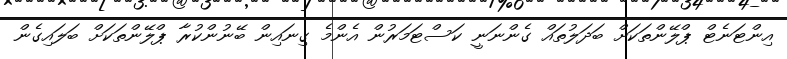
އިންޓަނެޓް ޕްލޭންތަކަށް ބަދަލުތައް ގެންނަނީ ކަސްޓަމަރުން އެންމެ ގިނައިން ބޭނުންކުރާ ޕްލޭންތަކަށް ބަލައިގެން